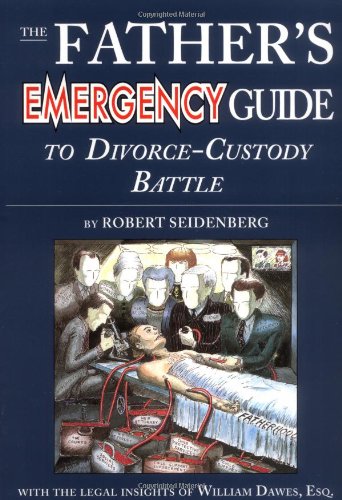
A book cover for The Father's Emergency Guide to Divorce-Custody Battle: A Tour Through the Predatory World of Judges, Lawyers, Psychologists, and Social Workers in th; Robert Seidenberg; Law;